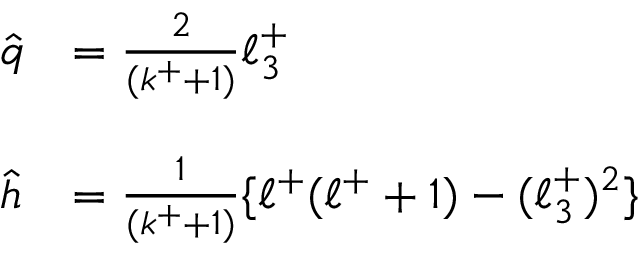
\begin{array} { l l } { { \hat { q } } } & { { = \frac { 2 } { ( k ^ { + } + 1 ) } \ell _ { 3 } ^ { + } } } \\ { { } } & { { } } \\ { { \hat { h } } } & { { = \frac { 1 } { ( k ^ { + } + 1 ) } \{ \ell ^ { + } ( \ell ^ { + } + 1 ) - ( \ell _ { 3 } ^ { + } ) ^ { 2 } \} } } \end{array}